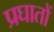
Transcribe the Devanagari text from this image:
प्रघातों